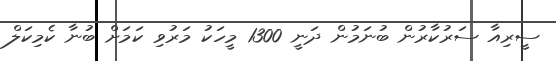
ސީރިއާ ސަރުކާރުން ބުނަމުން ދަނީ 1300 މީހަކު މަރުވި ކަމަށް ބުނާ ކެމިކަލް